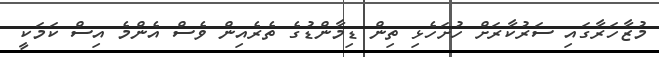
މުޒާހަރާގައި ސަރުކާރަށް ހުށަހެޅި ތިން ޑިމާންޑުގެ ތެރެއިން ވެސް އެންމެ އިސް ކަމަކީ